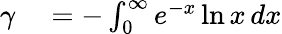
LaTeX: \begin{array}{rl}{\gamma}&{{}=-\int_{0}^{\infty}e^{-x}\ln x\, dx}\end{array}